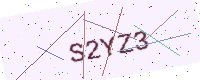
Text: S2YZ3